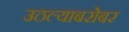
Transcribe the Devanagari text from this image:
उठल्याबरोबर